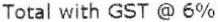
TOTAL WITH GST @ 6%